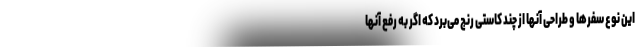
این نوع سفرها و طراحی آنها از چند کاستی رنج می‌برد که اگر به رفع آنها